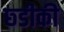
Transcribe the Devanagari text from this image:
छ्डीकी